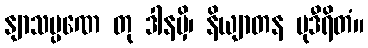
နျာသပ္ပဏေ တု ဒါနမှိ၊ နိယျာတန မုဒီရိတံ။